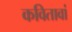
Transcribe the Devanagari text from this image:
कवितावां